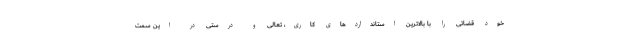
خود قضاتی را با بالاترین استانداردهای کاری، تعالی و درستی در این سمت